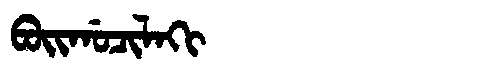
Manchu: ᠪᠣᡳᡤᠣᠴᡳᠯᠠᡴᡳ
Romanization: BOIGOCILAKI